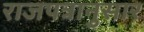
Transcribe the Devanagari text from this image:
राजपत्रानुसार